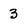
Character: 3